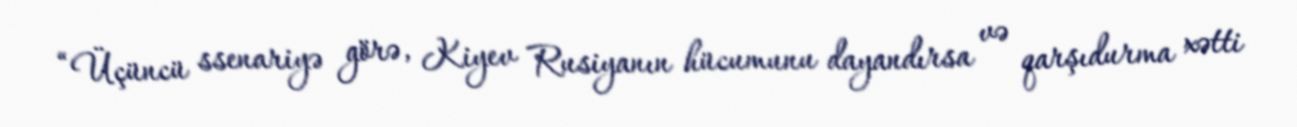
“Üçüncü ssenariyə görə, Kiyev Rusiyanın hücumunu dayandırsa və qarşıdurma xətti